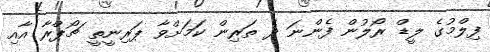
ފިލްމުގެ ލީޑް ރޯލުން ފެންނަ ދެ ތަރިން ކަމަށްވާ ޕަރިނީތީ ޗޯޕްރާ އާއި